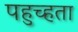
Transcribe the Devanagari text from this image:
पहुच्हता